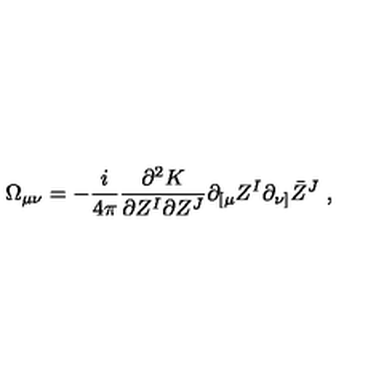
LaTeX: \Omega _ { \mu \nu } = - \frac i { 4 \pi } \frac { \partial ^ { 2 } K } { \partial Z ^ { I } \partial Z ^ { J } } \partial _ { [ \mu } Z ^ { I } \partial _ { \nu ] } \bar { Z } ^ { J } \ ,